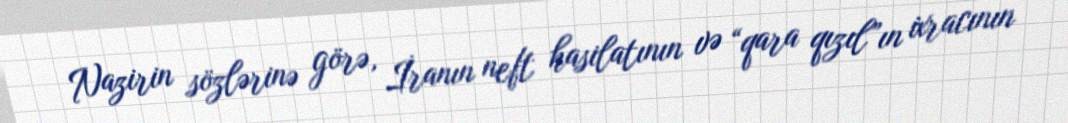
Nazirin sözlərinə görə, İranın neft hasilatının və “qara qızıl”ın ixracının